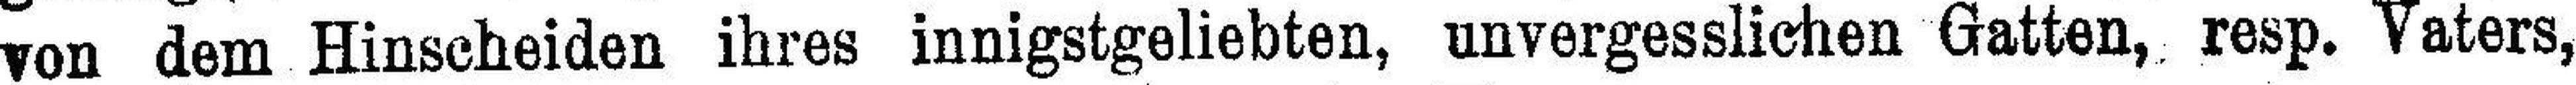
von dem Hinscheiden ihres innigstgeliebten, unvergesslichen Gatten, resp. Vaters,